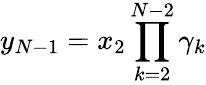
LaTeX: y_{N-1}=x_{2}\prod_{k=2}^{N-2}\gamma_{k}